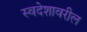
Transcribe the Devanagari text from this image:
स्वदेशावरील